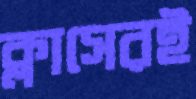
ক্লাসেরই